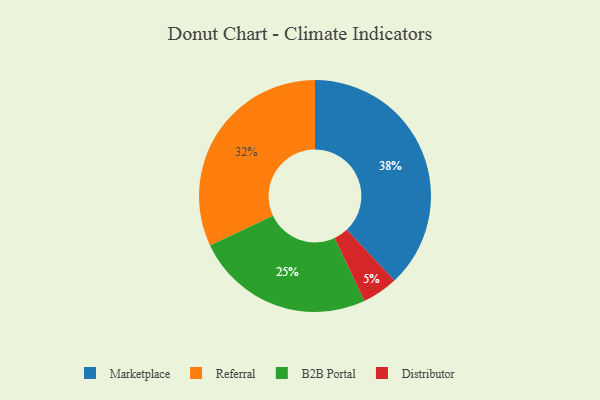
{"axis": {"x": "Category", "y": "Percentage"}, "legend": ["B2B Portal", "Distributor", "Marketplace", "Referral"], "data": [{"x": "Referral", "y": 32, "type": "Referral"}, {"x": "B2B Portal", "y": 25, "type": "B2B Portal"}, {"x": "Distributor", "y": 5, "type": "Distributor"}, {"x": "Marketplace", "y": 38, "type": "Marketplace"}]}